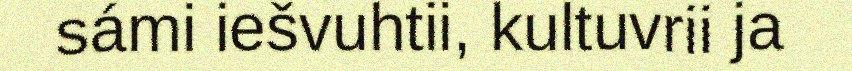
sámi iešvuhtii, kultuvrii ja